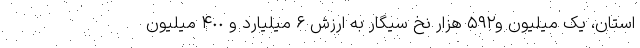
استان، یک میلیون و۵۹۲ هزار نخ سیگار به ارزش ۶ میلیارد و ۴٠٠ میلیون